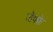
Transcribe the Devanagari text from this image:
जेफ्फ्रे